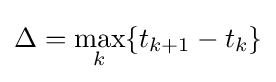
\Delta ={\underset {k}{\max }}\{t_{k+1}-t_{k}\}